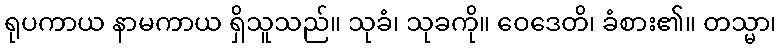
ရုပကာယ နာမကာယ ရှိသူသည်။ သုခံ၊ သုခကို။ ဝေဒေတိ၊ ခံစား၏။ တသ္မာ၊